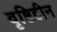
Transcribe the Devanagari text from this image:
वृष्टिहीन